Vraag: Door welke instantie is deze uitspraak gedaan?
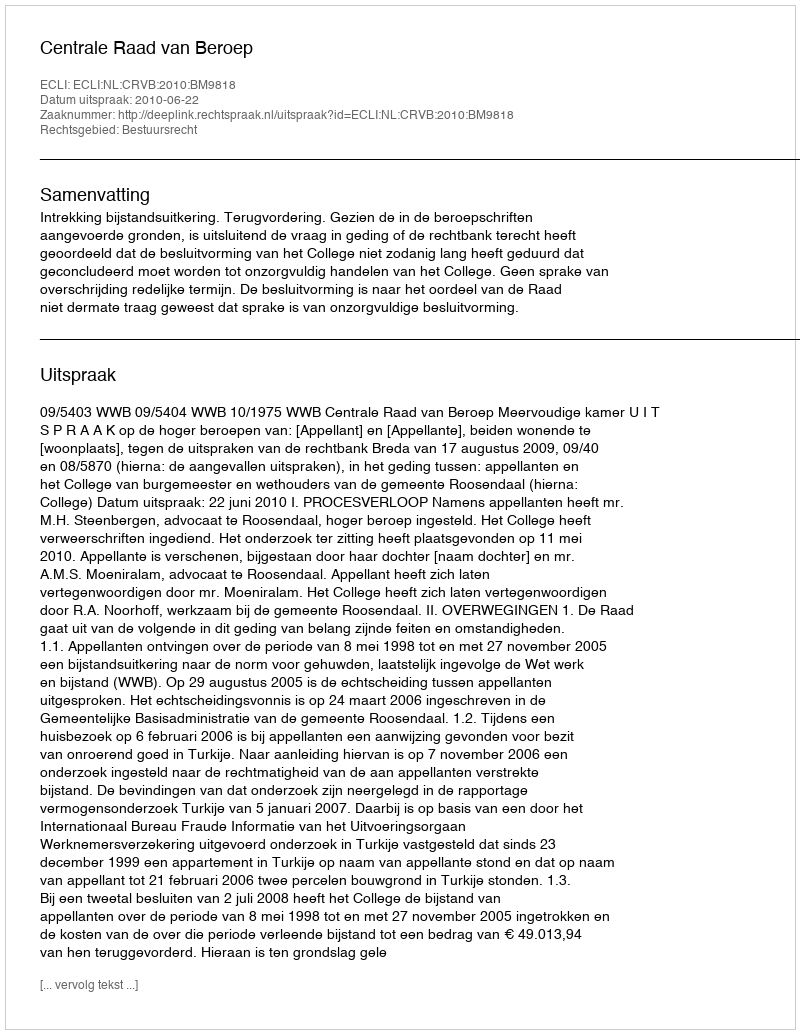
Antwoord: Centrale Raad van Beroep